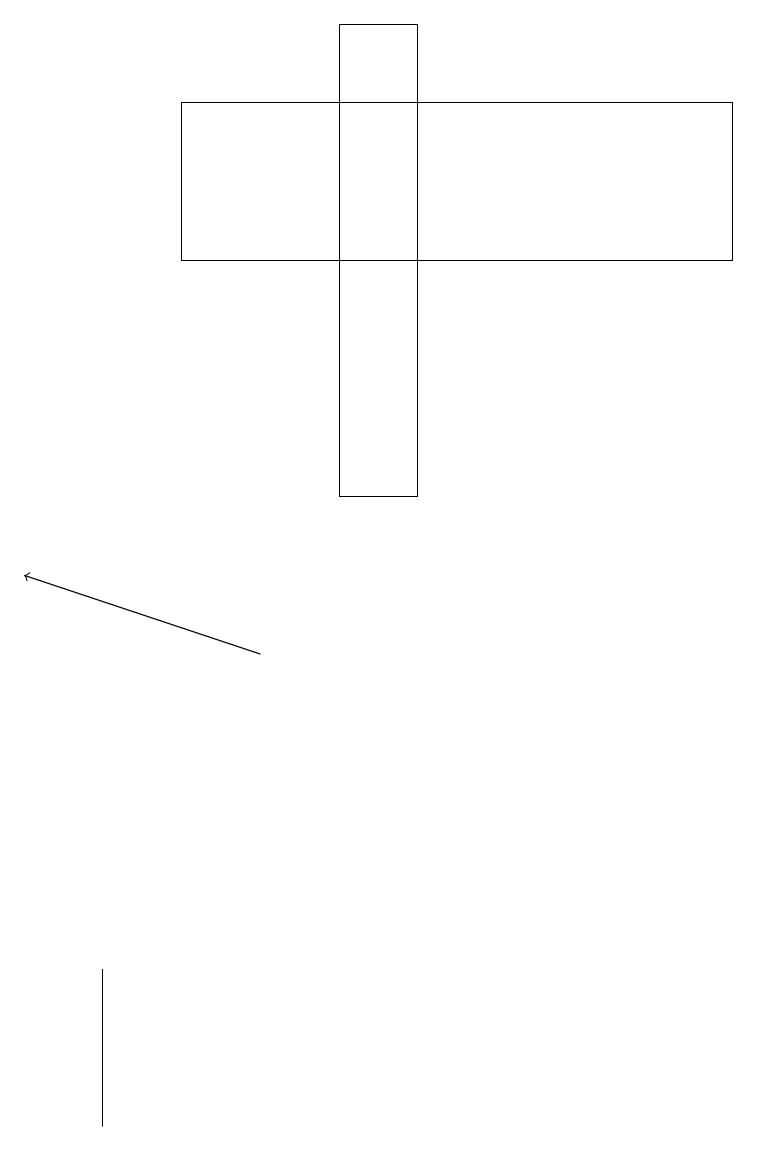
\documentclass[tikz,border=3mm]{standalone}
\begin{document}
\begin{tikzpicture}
\draw (1,6) -- (1,7) -- (1,5) -- cycle;
\draw[->] (3,11) -- (0,12);
\draw (4,13) rectangle (5,19);
\draw (2,16) rectangle (9,18);
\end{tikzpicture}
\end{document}